Code of medical and sanitary regulations for the guidance of medical officers serving in the Madras Presidency - Volume I
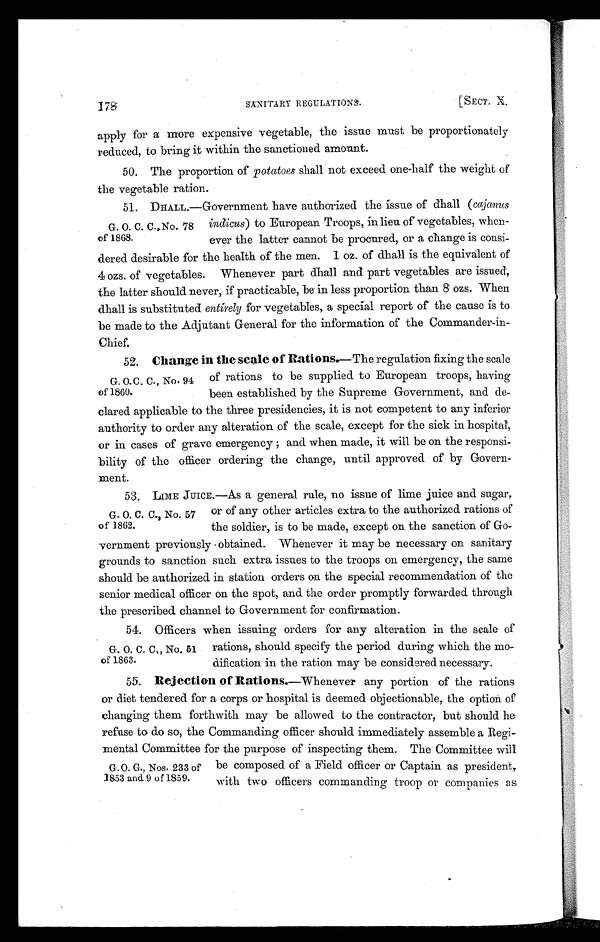
178
SANITARY REGULATTON.
[SECT.
X
apply for a more expensive vegetable, the issue must be proportionately
reduced, to bring it within the sanctioned amount.
50. The proportion of potatoes shall not exceed one-half the weight of
the vegetable ration.
51. DHALL.—Government have authorized the issue of dhall ( cajanus
G. O. C. C. No. 78 indicus) to European Troops, in lieu of vegetables, when-
of 1868. ever the latter cannot be procured, or a change is consi
-dered desirable for the health of the men. 1 oz. of dhall is the equivalent of
4 ozs. of vegetables. Whenever part dhall and part vegetables are issued,
the latter should never, if practicable, be in less proportion than 8 ozs. When
dhall is substituted entirely for vegetables, a special report of the cause is to
be made to the Adjutant General for the information of the Commander-in
-Chief.
52. Change in the scale of Rations.—The regulation fixing the scale
G . O . C . C . , N o . 9 4 o f r a t i o n s t o b e s u p p l i e d t o E u r o p e a n t r o o p s , h a v i n g
of 1860. been established by the Supreme Government, and de-
clared applicable to the three presidencies, it is not competent to any inferior
authority to order any alteration of the scale, except for the sick in hospital,
or in cases of grave emergency; and when made, it will be on the responsi-
bility of the officer ordering the change, until approved of by Govern
-ment.
53. LIME JUICE.—As a general rule, no issue of lime juice and sugar,
G . O . C . C . , N o . 5 7 o r o f a n y o t h e r a r t i c l e s e x t r a t o t h e a u t h o r i z e d r a t i o n s o f
of 1862. the soldier, is to be made, except on the sanction of Go-
vernment previously obtained. Whenever it may be necessary on sanitary
grounds to sanction such extra issues to the troops on emergency, the same
should be authorized in station orders on the special recommendation of the
senior medical officer on the spot, and the order promptly forwarded through
the prescribed channel to Government for confirmation
.
54. Officers when issuing orders for any alteration in the scale of
G. O. C. C., No. 51 rations, should specify the period during which the mo-
©f 1863.
dification in the ration may be considered necessary.
55.
Rejection of Rations. — W h e n e v e r a n y p o r t i o n o f t h e r a t i o n s
or diet tendered for a corps or hospital is deemed objectionable, the option of
changing them forthwith may be allowed to the contractor, but should he
refuse to do so, the Commanding officer should immediately assemble a Regi-
mental Committee for the purpose of inspecting them. The Committee will
G.O. G., Nos. 233 of be composed of a Field officer or Captain as president,
1853 and. 9 of 1859.with two officers commanding troop or companies as